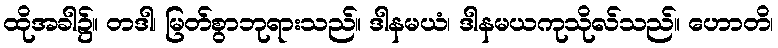
ထိုအခါ၌။ တဒါ၊ မြတ်စွာဘုရားသည်။ ဒါနမယံ၊ ဒါနမယကုသိုလ်သည်။ ဟောတိ၊